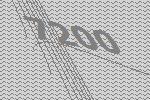
7200